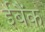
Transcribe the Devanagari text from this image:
ईबैंक